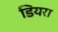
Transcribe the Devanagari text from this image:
डियरा